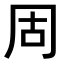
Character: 𪞎